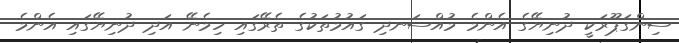
ސިންގަޕޫރަކީ ދުނިޔޭގެ އެންމެ މުއްސަނދި ގައުމުތަކުގެ ތެރޭގައި ހިމެނޭ އަދި ދުނިޔޭގައި އެންމެ